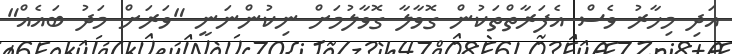
އަދި މިހާރު ވެސް އެފަރާތްތަކުން ގޮވާލާ ގޮވާލުމަށް ނިކުންނަނީ "ވަރަށް މަދު ބައެއް"